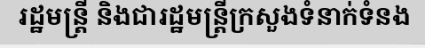
រដ្ឋមន្ត្រី និងជារដ្ឋមន្ត្រីក្រសួងទំនាក់ទំនង